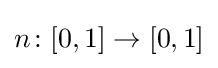
n\colon [0,1]\to [0,1]